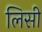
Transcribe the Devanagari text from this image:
लिसी